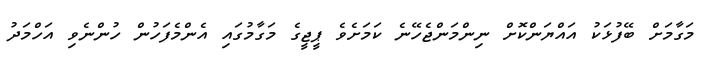
މަގާމަށް ބޭފުޅަކު އައްޔަންކޮށް ނިންމަންޖެހޭނެ ކަމަށެވެ ޕީޖީގެ މަގާމުގައި އެންމެފަހުން ހުންނެވި އަހްމަދު